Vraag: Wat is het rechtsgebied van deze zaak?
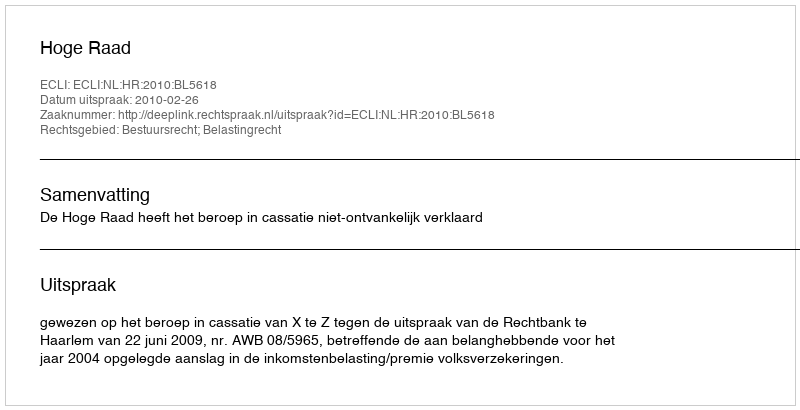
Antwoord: Bestuursrecht; Belastingrecht